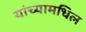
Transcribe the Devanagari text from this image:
यांच्यामधिल